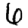
Digit: 6